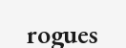
rogues